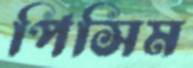
পিসিম